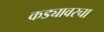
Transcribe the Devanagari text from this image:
कड्यावरचा